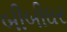
બીબીઘર